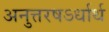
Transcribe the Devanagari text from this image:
अनुत्तरषऽर्धार्थ